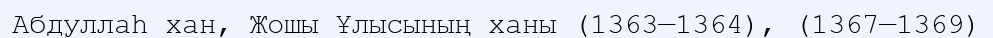
Абдуллаһ хан, Жошы Ұлысының ханы (1363—1364), (1367—1369)